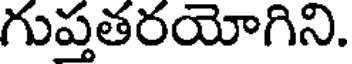
గుప్తతరయోగిని.